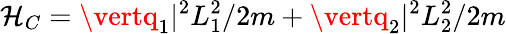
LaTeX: \mathcal{H}_{C}=\vertq_{1}\vert^{2}L_{1}^{2}/2m+\vertq_{2}\vert^{2}L_{2}^{2}/2m